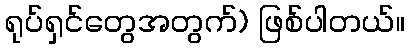
ရုပ်ရှင်တွေအတွက်) ဖြစ်ပါတယ်။